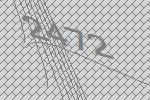
2472